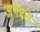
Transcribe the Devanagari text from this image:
जगदले